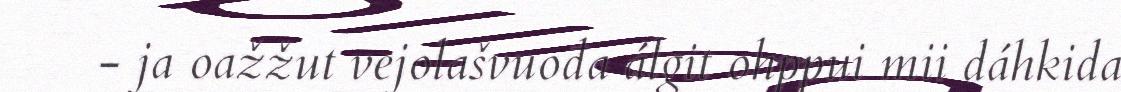
- ja oažžut vejolašvuođa álgit ohppui mii dáhkida